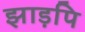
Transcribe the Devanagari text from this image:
झाड़पि